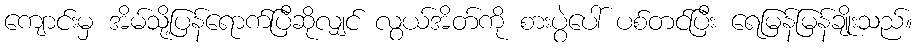
ကျောင်းမှ အိမ်သို့ပြန်ရောက်ပြီဆိုလျှင် လွယ်အိတ်ကို စားပွဲပေါ် ပစ်တင်ပြီး ရေမြန်မြန်ချိုးသည်။